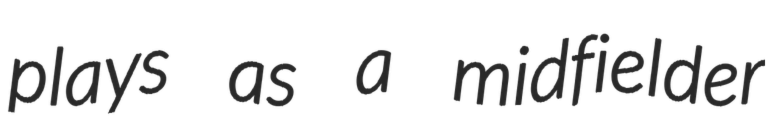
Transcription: plays as a midfielder